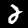
Digit: 2